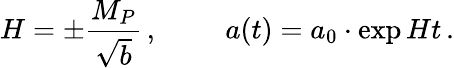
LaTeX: H=\pm\frac{M_{P}}{\sqrt{b}}\, ,\, \, \, \, \, \, \, \, \, \, \, \, \, \, a(t)=a_{0}\cdot\exp{Ht}\, .